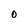
Character: O